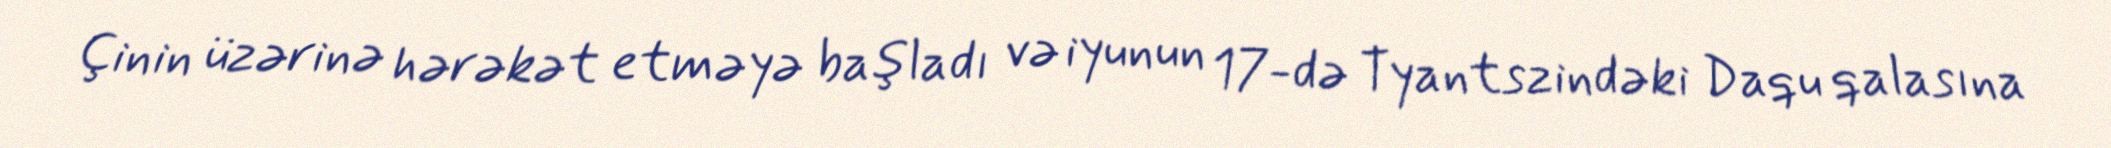
Çinin üzərinə hərəkət etməyə başladı və iyunun 17-də Tyantszindəki Daqu qalasına